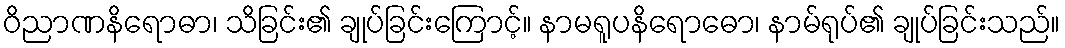
ဝိညာဏနိရောဓာ၊ သိခြင်း၏ ချုပ်ခြင်းကြောင့်။ နာမရူပနိရောဓော၊ နာမ်ရုပ်၏ ချုပ်ခြင်းသည်။